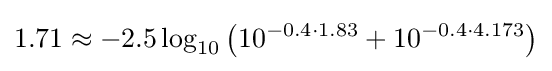
1.71\approx -2.5\log _{10}\left(10^{-0.4\cdot 1.83}+10^{-0.4\cdot 4.173}\right)